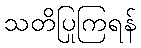
သတိပြုကြရန်